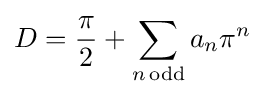
D={\frac {\pi }{2}}+\sum _{n\,\mathrm {odd} }a_{n}\pi ^{n}